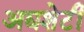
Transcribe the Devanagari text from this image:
अद्यशेटी